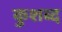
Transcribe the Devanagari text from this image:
कुशब्द